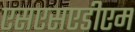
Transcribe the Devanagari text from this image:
एसएसएडीएम